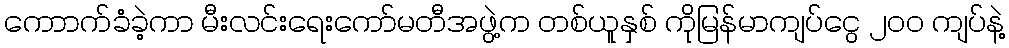
ကောာက်ခံခဲ့ကာ မီးလင်းရေးကော်မတီအဖွဲ့က တစ်ယူနှစ် ကိုမြန်မာကျပ်ငွေ ၂၀၀ ကျပ်နဲ့